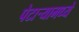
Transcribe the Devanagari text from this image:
पेटार्‍यामध्ये